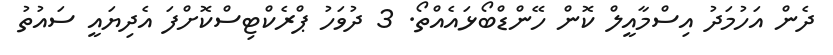
ދެން އަހުމަދު އިސްމާއީލް ކޮން ހޭންޑްބޯޅައެއްތޯ. 3 ދުވަހު ޕްރެކްޓިސްކޮށްފަ އެދިޔައީ ސައުތު